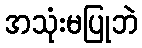
အသုံးမပြုဘဲ